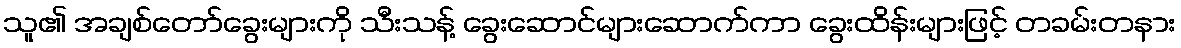
သူ၏ အချစ်တော်ခွေးများကို သီးသန့် ခွေးဆောင်များဆောက်ကာ ခွေးထိန်းများဖြင့် တခမ်းတနား